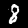
Label: 8